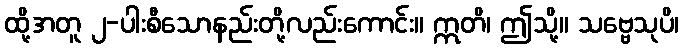
ထို့အတူ ၂-ပါးစီသောနည်းတို့လည်းကောင်း။ ဣတိ၊ ဤသို့။ သဗ္ဗေသုပိ၊